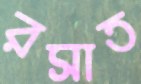
রসাত